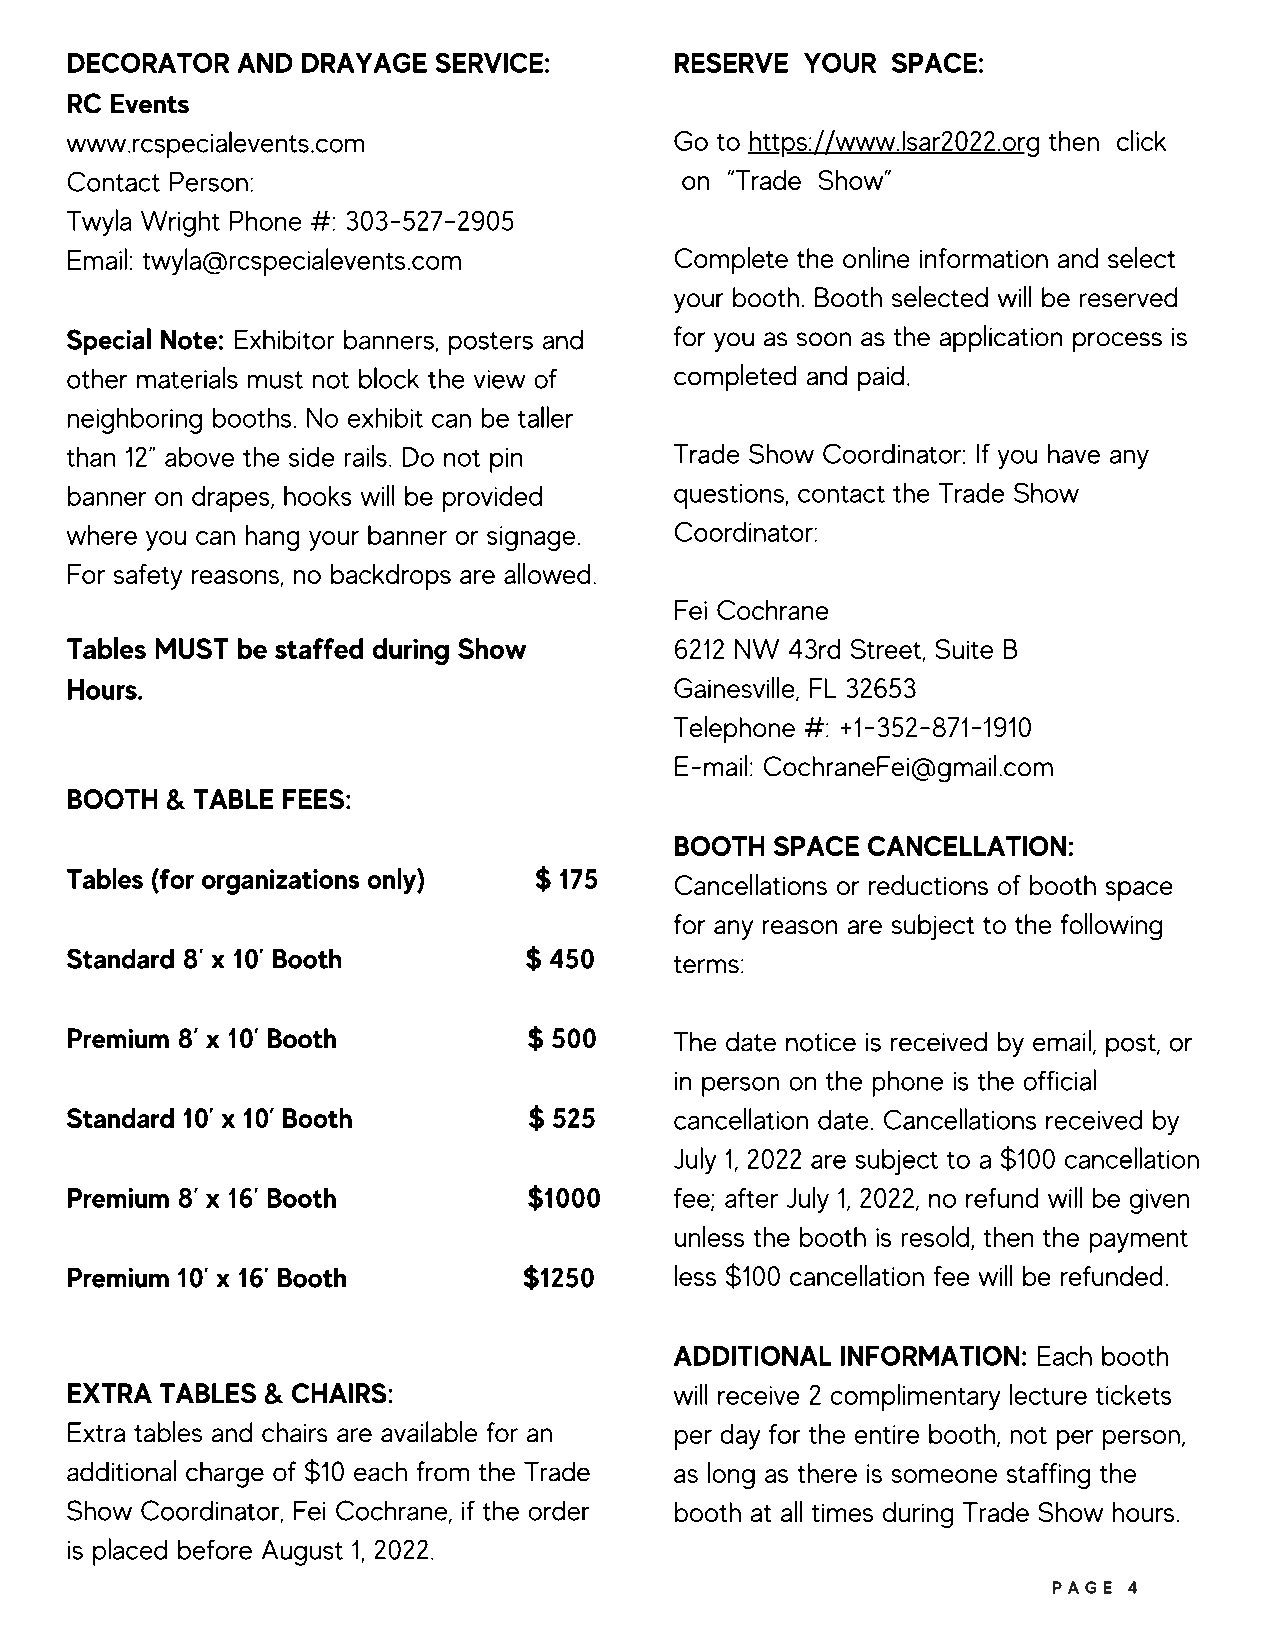
DECORATOR   AND DRAYAGE  SERVICE:        RESERVE YOUR  SPACE:
 RC Events
 www.rcspecialevents.com                  Go to https://www.Isar2022.org then click
 Contact Person:                          on “Trade Show”
 Twyla Wright Phone #: 303-527-2905
 Email: twyla@rcspecialevents.com         Complete the online information and select
 your booth. Booth selected will be reserved
 Special Note: Exhibitor banners, posters and for you as soon as the application process is
 other materials must not block the view of completed and paid.
 neighboring booths. No exhibit can be taller
 than 12” above the side rails. Do not pin Trade Show Coordinator: If you have any
 banner on drapes, hooks will be provided questions, contact the Trade Show
 where you can hang your banner or signage. Coordinator:
 For safety reasons, no backdrops are allowed.
 Fei Cochrane
 Tables MUST be staffed during Show       6212 NW 43rd Street, Suite B
 Hours.                                   Gainesville, FL 32653
 Telephone #: +1-352-871-1910
 E-mail: CochraneFei@gmail.com
 BOOTH  & TABLE FEES:
 BOOTH SPACE CANCELLATION:
 Tables (for organizations only) $ 175    Cancellations or reductions of booth space
 for any reason are subject to the following
 Standard 8’ x 10’ Booth        $ 450     terms:
 Premium 8’ x 10’ Booth         $ 500     The date notice is received by email, post, or
 in person on the phone is the official
 Standard 10’ x 10’ Booth       $ 525     cancellation date. Cancellations received by
 July 1, 2022 are subject to a $100 cancellation
 Premium 8’ x 16’ Booth         $1000     fee; after July 1, 2022, no refund will be given
 unless the booth is resold, then the payment
 Premium 10’ x 16’ Booth        $1250     less $100 cancellation fee will be refunded.
 ADDITIONAL INFORMATION: Each booth
 EXTRA  TABLES & CHAIRS:                  will receive 2 complimentary lecture tickets
 Extra tables and chairs are available for an per day for the entire booth, not per person,
 additional charge of $10 each from the Trade as long as there is someone staffing the
 Show Coordinator, Fei Cochrane, if the order booth at all times during Trade Show hours.
 is placed before August 1, 2022.
 PAGE 4